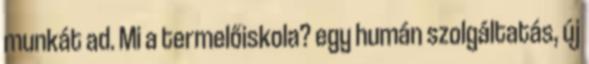
munkát ad. Mi a termelőiskola? egy humán szolgáltatás, új